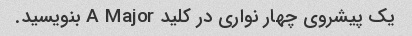
یک پیشروی چهار نواری در کلید A Major بنویسید.